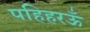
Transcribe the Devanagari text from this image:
पहिहरऊँ